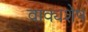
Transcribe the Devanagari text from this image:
वाक्यशेष